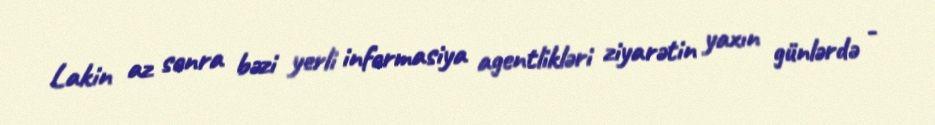
Lakin az sonra bəzi yerli informasiya agentlikləri ziyarətin yaxın günlərdə -